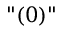
" ( 0 ) "